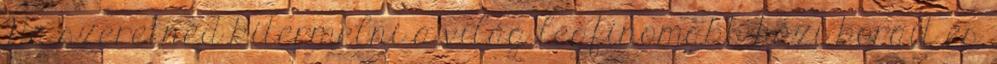
Ha szeretnéd kitermelni a világ legfinomabb házi borait és